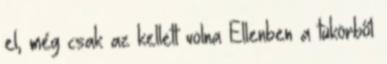
el, még csak az kellett volna Ellenben a tükörből